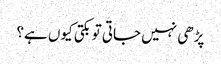
پڑھی نہیں جاتی تو بکتی کیوں ہے؟